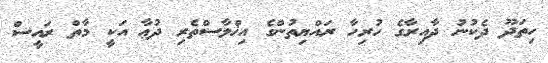
ހިތަދޫ ދެކުނު ދާއިރާގެ ހުރިހާ ރައްޔިތުންގެ އިޚްލާސްތެރި ދުޢާ އަކީ މާތް ރައީސް